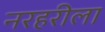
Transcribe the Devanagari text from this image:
नरहरीला